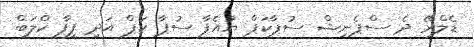
ޑެލްރޭ ދެ ސްޕެނިޝް ސުޕާކަޕް ޔުއެފާ ސުޕާ ކަޕް އަދި ފީފާ ކްލަބް